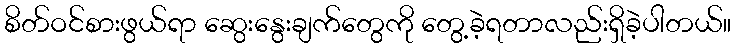
စိတ်ဝင်စားဖွယ်ရာ ဆွေးနွေးချက်တွေကို တွေ့ခဲ့ရတာလည်းရှိခဲ့ပါတယ်။